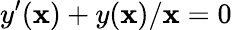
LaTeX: y^{\prime}(\mathbf{x})+y(\mathbf{x})/\mathbf{x}=0